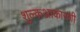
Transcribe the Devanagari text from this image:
शुल्कआकारणी